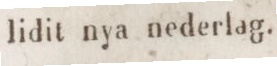
lidit nya nederlag.